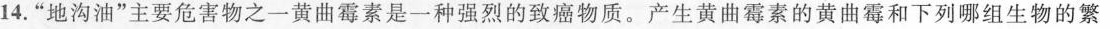
14.“地沟油”主要危害物之一黄曲霉素是一种强烈的致癌物质。产生黄曲霉素的黄曲霉和下列哪组生物的繁